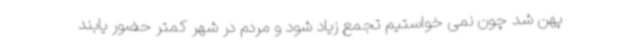
پهن شد چون نمی خواستیم تجمع زیاد شود و مردم در شهر کمتر حضور یابند